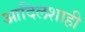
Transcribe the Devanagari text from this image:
आदिलशाही